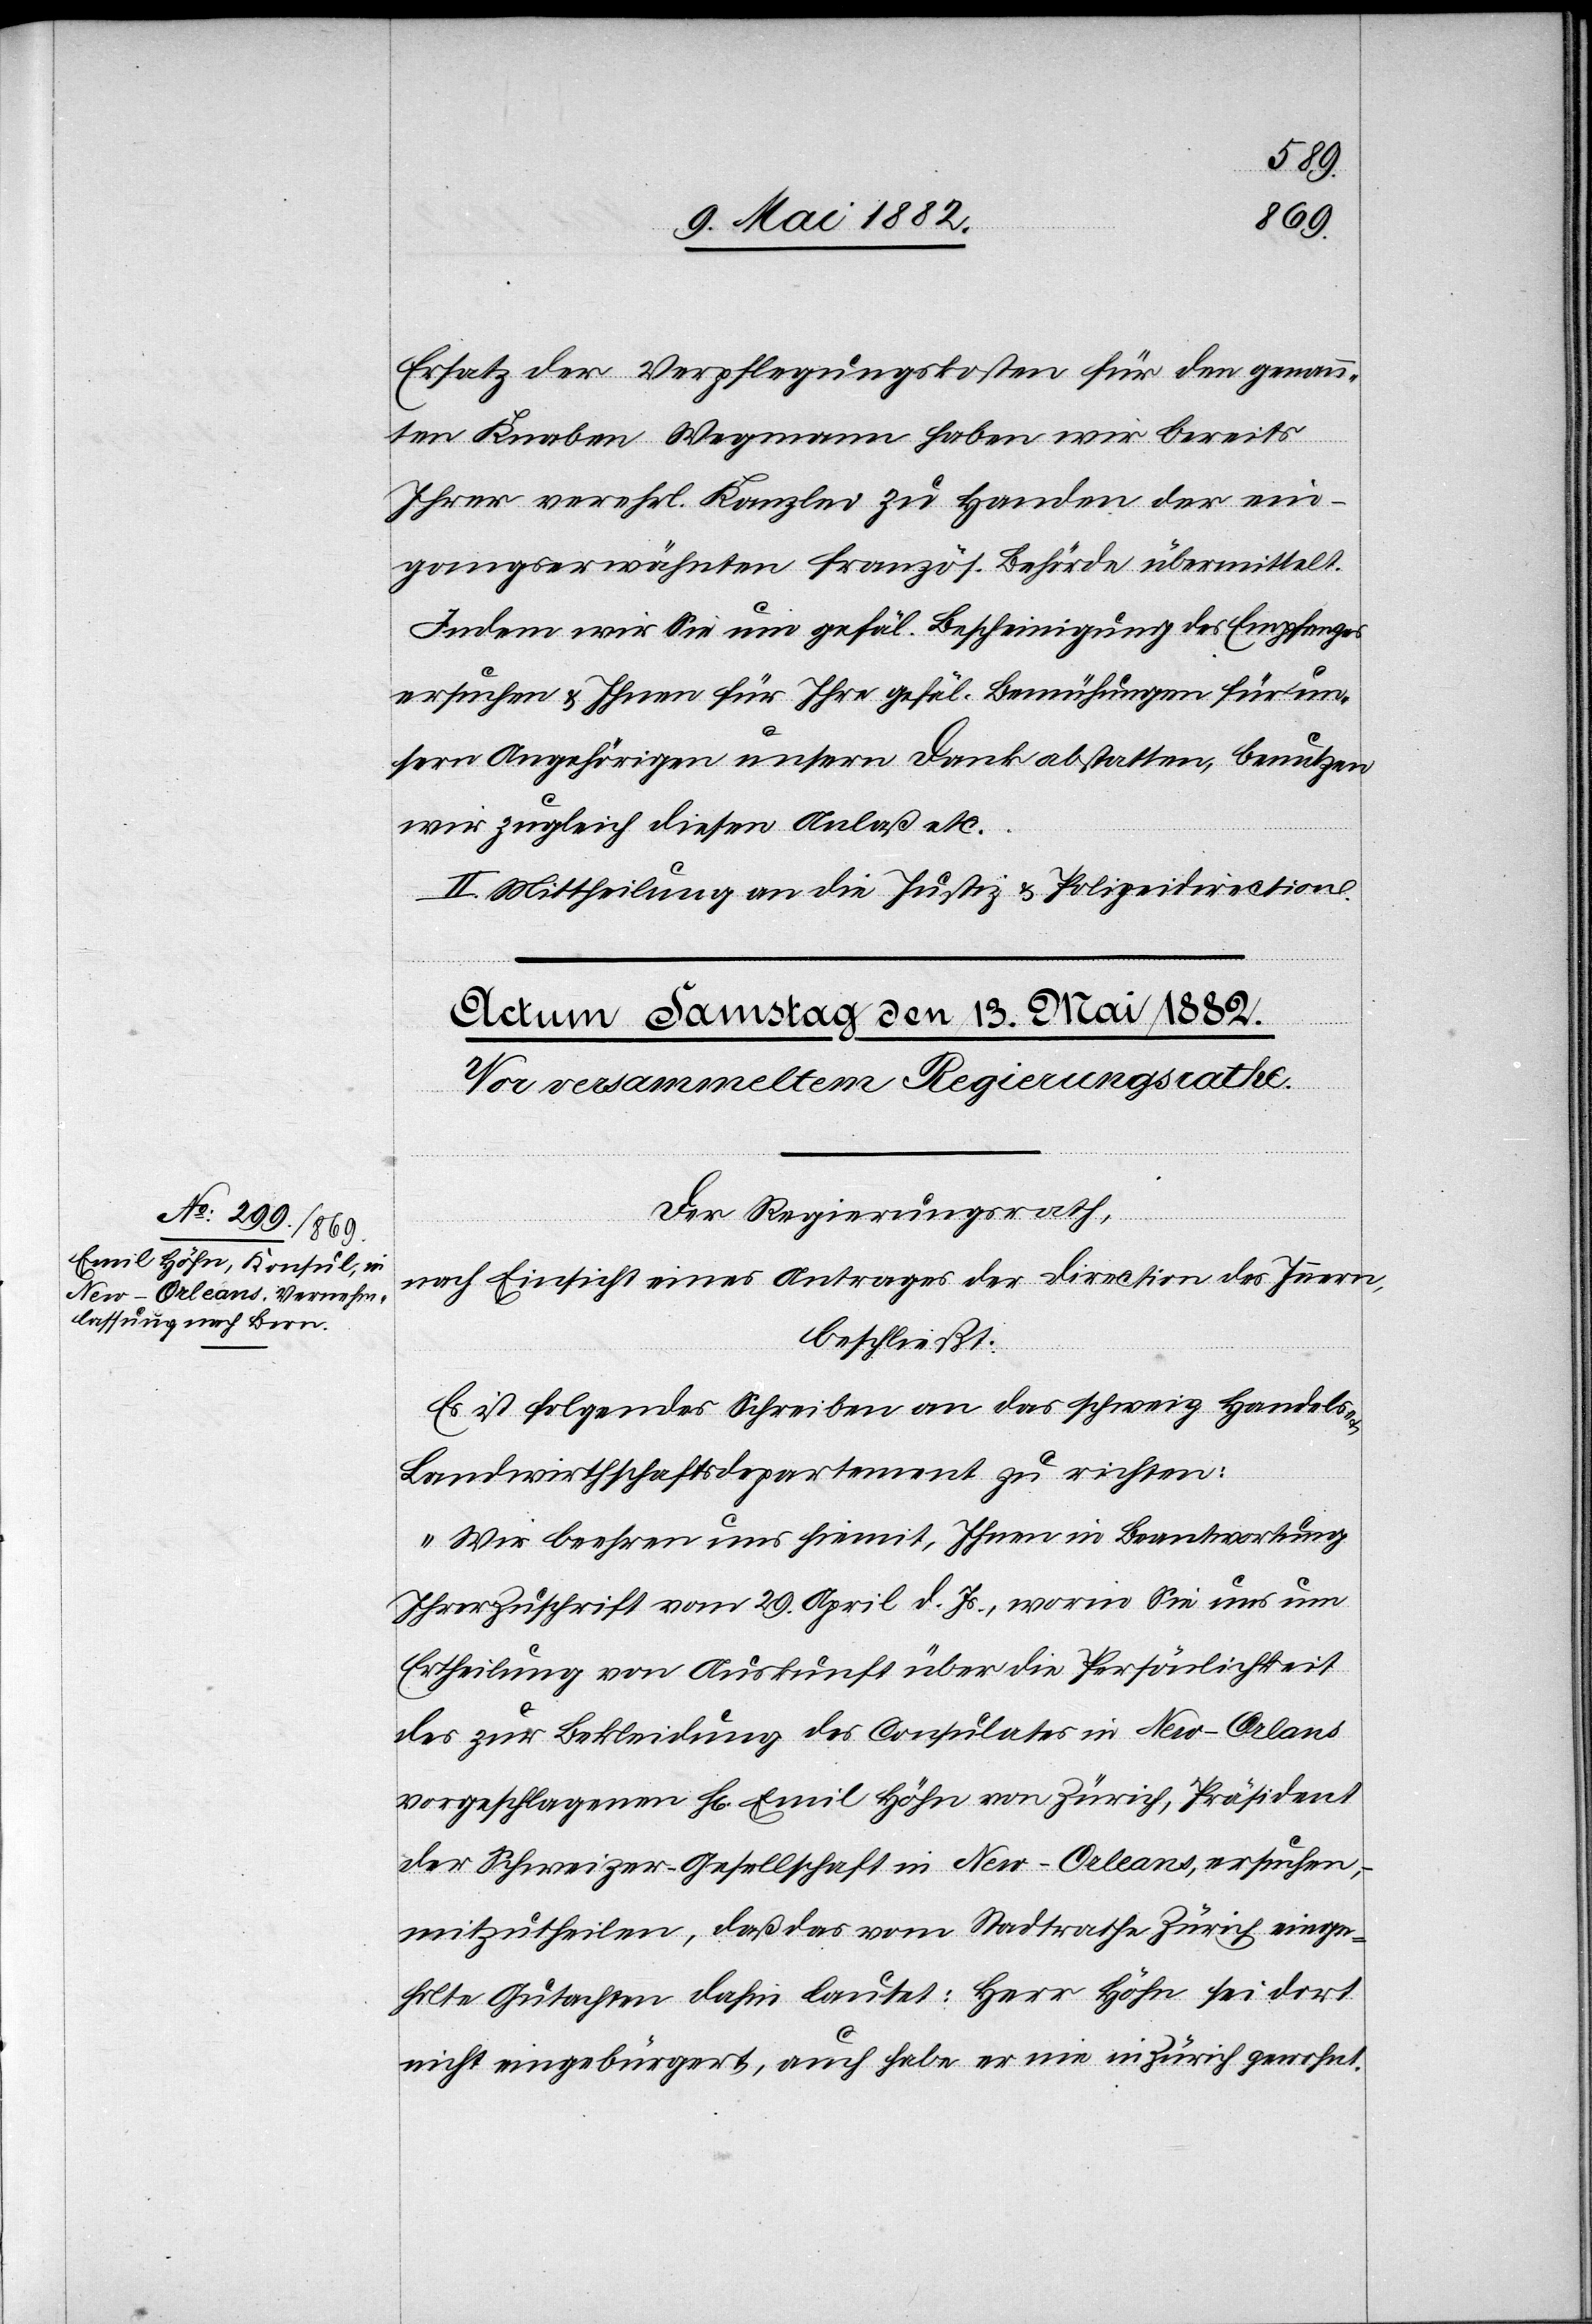
Ersatz der Verpflegungskosten für den genann¬
ten Knaben Wegmann haben wir bereits
Ihrer verehrl. Kanzlei zu Handen der ein¬
gangserwähnten französ. Behörde übermittelt.
Indem wir Sie um gefäl. Bescheinigung des Empfanges
ersuchen & Ihnen für Ihre gefäl. Bemühungen für un¬
seren Angehörigen unsern Dank abstatten, benutzen
II. Mittheilung an die Justiz[-] & Polizeidirection.
wir
Der Regierungsrath,
nach Einsicht eines Antrages der Direction des Innern,
beschließt:
Es ist folgendes Schreiben an das schweiz. Handels-
Landwirthschaftsdepartement zu richten:
„Wir beehren uns hiemit, Ihnen in Beantwortung
Ihrer Zuschrift vom 29. April d. Js., worin Sie uns um
Ertheilung von Auskunft über die Persönlichkeit
des zur Bekleidung des Consulates in New-Orleans
vorgeschlagenen H[rn]. Emil Höhn von Zürich, Präsident
der Schweizer-Gesellschaft in New-Orleans, ersuchen,
mitzutheilen, daß das vom Stadtrathe Zürich einge¬
holte Gutachten dahin lautet: Herr Höhn sei dort
nicht eingebürgert, auch habe er nie in Zürich gewohnt.